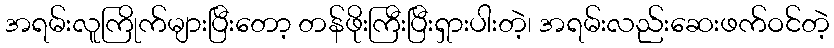
အရမ်းလူကြိုက်များပြီးတော့ တန်ဖိုးကြီးပြီးရှားပါးတဲ့၊ အရမ်းလည်းဆေးဖက်ဝင်တဲ့